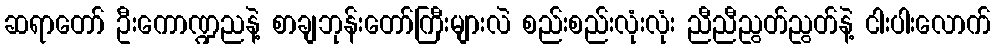
ဆရာတော် ဦးကောဏ္ဍညနဲ့ စာချဘုန်းတော်ကြီးများလဲ စည်းစည်းလုံးလုံး ညီညီညွတ်ညွတ်နဲ့ ငါးပါးလောက်